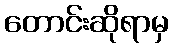
တောင်းဆိုရာမှ